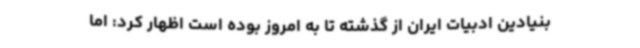
بنیادین ادبیات ایران از گذشته تا به امروز بوده است اظهار کرد: اما